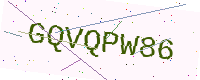
Text: GQVQPW86